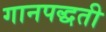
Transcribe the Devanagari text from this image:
गानपद्धती